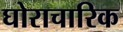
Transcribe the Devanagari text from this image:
घोराचारिक